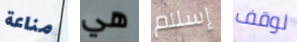
مناعة هي إسلام لوقف